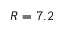
R = 7 . 2